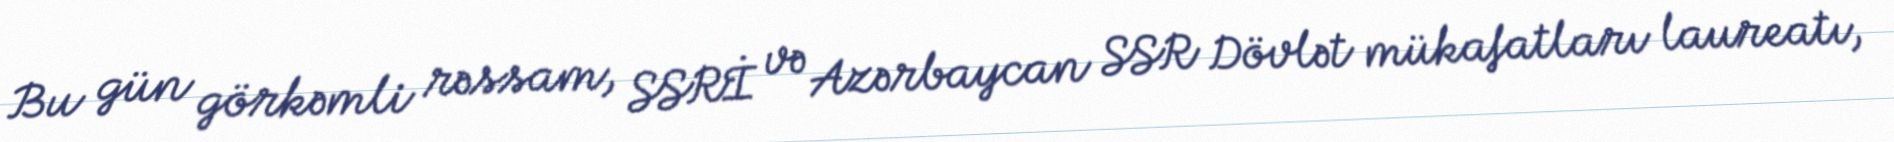
Bu gün görkəmli rəssam, SSRİ və Azərbaycan SSR Dövlət mükafatları laureatı,